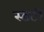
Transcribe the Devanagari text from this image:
स्डटी